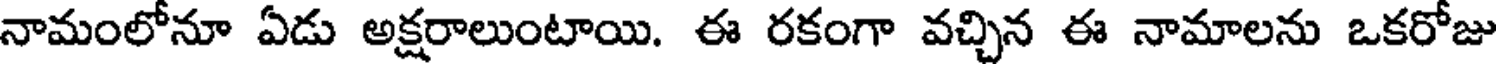
నామంలోనూ ఏడు అక్షరాలుంటాయి. ఈ రకంగా వచ్చిన ఈ నామాలను ఒకరోజు